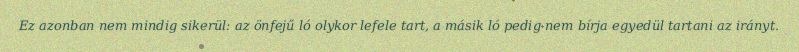
Ez azonban nem mindig sikerül: az önfejű ló olykor lefele tart, a másik ló pedig nem bírja egyedül tartani az irányt.